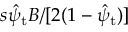
s \hat { \psi } _ { \mathrm { t } } B / [ 2 ( 1 - \hat { \psi } _ { \mathrm { t } } ) ]